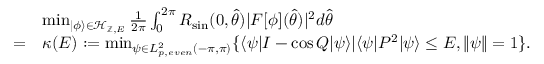
\begin{array} { r l } & { \operatorname* { m i n } _ { | \phi \rangle \in \mathcal { H } _ { \mathbb { Z } , E } } \frac { 1 } { 2 \pi } \int _ { 0 } ^ { 2 \pi } R _ { \sin } ( 0 , \hat { \theta } ) | { \cal F } [ \phi ] ( \hat { \theta } ) | ^ { 2 } d \hat { \theta } } \\ { = } & { \kappa ( E ) : = \operatorname* { m i n } _ { \psi \in L _ { p , e v e n } ^ { 2 } ( - \pi , \pi ) } \{ \langle \psi | I - \cos Q | \psi \rangle | \langle \psi | P ^ { 2 } | \psi \rangle \le E , \| \psi \| = 1 \} . } \end{array}